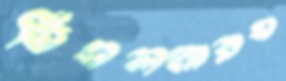
ডিএলআরএ